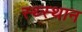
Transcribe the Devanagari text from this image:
स्‍थ्‍स्थान